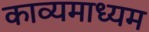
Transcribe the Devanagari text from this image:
काव्यमाध्यम